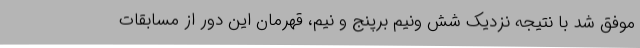
موفق شد با نتیجه نزدیک شش ونیم برپنج و نیم، قهرمان این دور از مسابقات